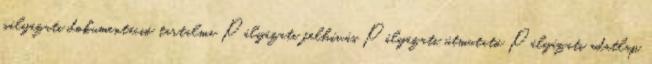
pályázati dokumentáció tartalma Pályázati felhívás Pályázati útmutató Pályázati adatlap